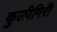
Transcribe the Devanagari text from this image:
कुलीगिरी